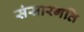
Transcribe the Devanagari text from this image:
संसारगति